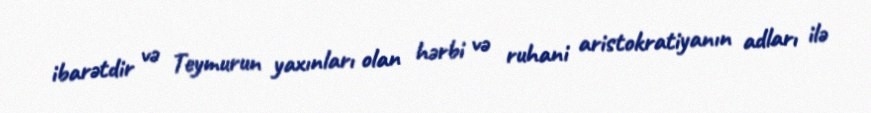
ibarətdir və Teymurun yaxınları olan hərbi və ruhani aristokratiyanın adları ilə